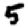
Digit: 5